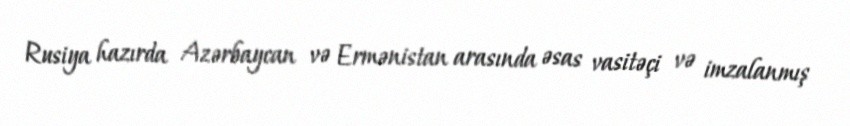
Rusiya hazırda Azərbaycan və Ermənistan arasında əsas vasitəçi və imzalanmış